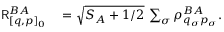
\begin{array} { r l } { \mathsf { R } _ { [ q , p ] _ { 0 } } ^ { B A } } & { { } = \sqrt { S _ { A } + 1 / 2 } \, \sum _ { \sigma } \rho _ { q _ { \sigma } p _ { \sigma } } ^ { B A } . } \end{array}